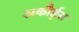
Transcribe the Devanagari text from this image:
अकौर्ड्स